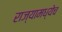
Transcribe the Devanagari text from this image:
राज्यामध्येच